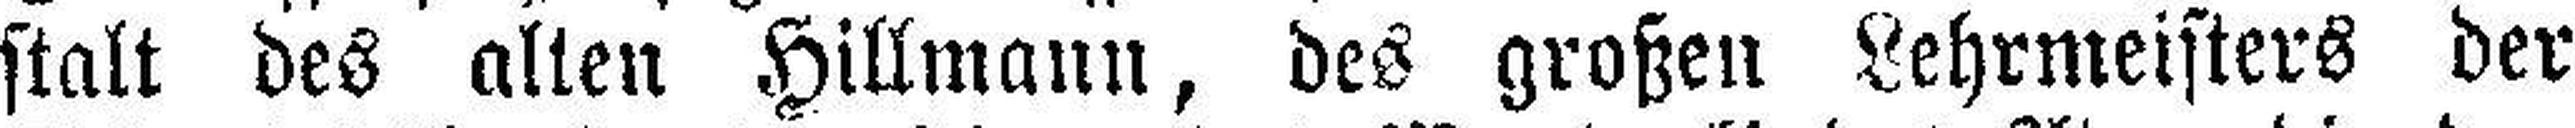
stalt des alten Hillmann, des großen Lehrmeisters der